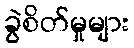
ခွဲစိတ်မှုများ